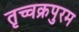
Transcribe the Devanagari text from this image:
तृच्चक्रपुरम